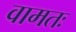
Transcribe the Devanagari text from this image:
वामतः